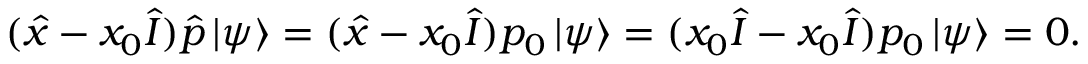
( { \hat { x } } - x _ { 0 } { \hat { I } } ) { \hat { p } } \, | \psi \rangle = ( { \hat { x } } - x _ { 0 } { \hat { I } } ) p _ { 0 } \, | \psi \rangle = ( x _ { 0 } { \hat { I } } - x _ { 0 } { \hat { I } } ) p _ { 0 } \, | \psi \rangle = 0 .